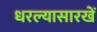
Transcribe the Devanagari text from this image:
धरल्यासारखें